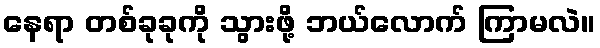
နေရာ တစ်ခုခုကို သွားဖို့ ဘယ်လောက် ကြာမလဲ။